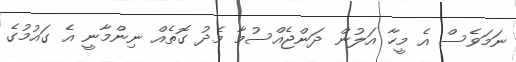
ނަމަވެސް އެ މީހާ އަލުން ދަންޖެއްސުމާ މެދު ގޮތެއް ނިންމާނީ އެ ގައުމުގެ